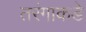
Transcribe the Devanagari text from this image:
तरंगाकडे